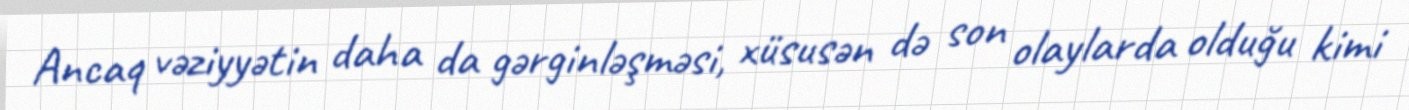
Ancaq vəziyyətin daha da gərginləşməsi, xüsusən də son olaylarda olduğu kimi